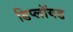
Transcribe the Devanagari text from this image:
डिप्लॉयड